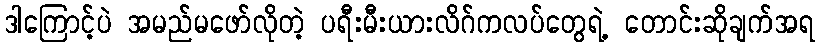
ဒါကြောင့်ပဲ အမည်မဖော်လိုတဲ့ ပရီးမီးယားလိဂ်ကလပ်တွေရဲ့ တောင်းဆိုချက်အရ